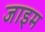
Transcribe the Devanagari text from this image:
जाइम